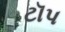
ટૉપ